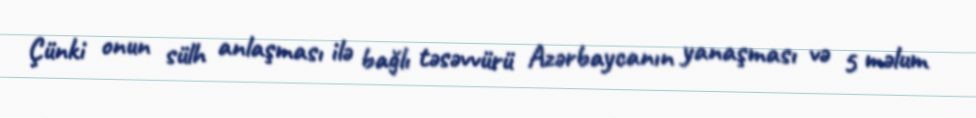
Çünki onun sülh anlaşması ilə bağlı təsəvvürü Azərbaycanın yanaşması və 5 məlum